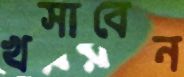
খসাবেন